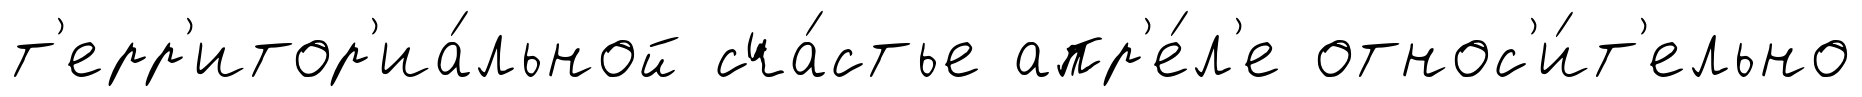
т'ерр'итор'иа́льной сча́стье апр'е́л'е относ'и́т'ельно